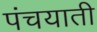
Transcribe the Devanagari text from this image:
पंचयाती